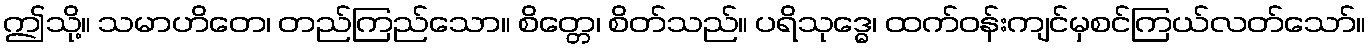
ဤသို့။ သမာဟိတေ၊ တည်ကြည်သော။ စိတ္တေ၊ စိတ်သည်။ ပရိသုဒ္ဓေ၊ ထက်ဝန်းကျင်မှစင်ကြယ်လတ်သော်။